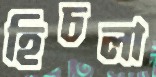
হিচলা